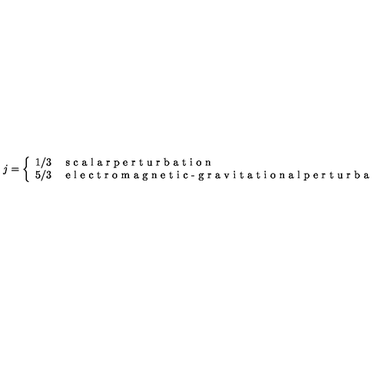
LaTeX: j = \left\{ \begin{array} { c l } { 1 / 3 } & { \textrm { s c a l a r p e r t u r b a t i o n } } \\ { 5 / 3 } & { \textrm { e l e c t r o m a g n e t i c - g r a v i t a t i o n a l p e r t u r b a t i o n } } \\ \end{array} \right.